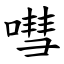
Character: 嘒